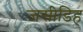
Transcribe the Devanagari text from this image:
जसीडिह